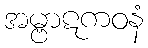
အမ္ဗာဋကဝနံ